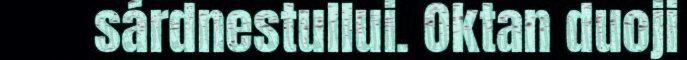
sárdnestullui. Oktan duoji